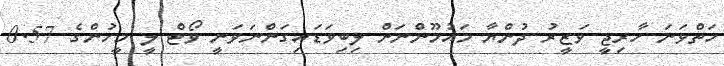
ހަތްވަނަ ހާރިޖީ ވަޒީރު ދުންޔާ މައުމޫންނަށް ލިބިވަޑައިގަންނަވަނީ ވޯޓް ލީ މީހުންގެ 0.57